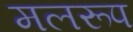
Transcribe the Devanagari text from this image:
मलरूप